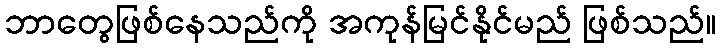
ဘာတွေဖြစ်နေသည်ကို အကုန်မြင်နိုင်မည် ဖြစ်သည်။